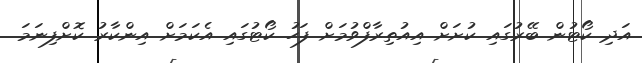
އަދި ކޯޓުން ބޭރުގައި ކުށަށް އިއުތިރާފްވުމަށް ފަހު ކޯޓުގައި އެކަމަށް އިންކާރު ކޮށްފިނަމަ